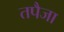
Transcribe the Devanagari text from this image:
तपैजा